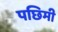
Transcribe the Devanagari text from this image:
पछिमी